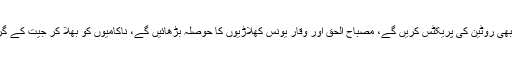
قومی کھلاڑی بھی روٹین کی پریکٹس کریں گے، مصباح الحق اور وقار یونس کھلاڑیوں کا حوصلہ بڑھائیں گے، ناکامیوں کو بھلا کر جیت کے گر سکھائیں گے۔